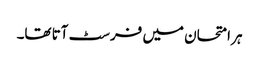
ہر امتحان میں فرسٹ آتا تھا۔